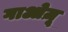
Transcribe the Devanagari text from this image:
गाओज़ू